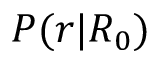
P ( r | R _ { 0 } )